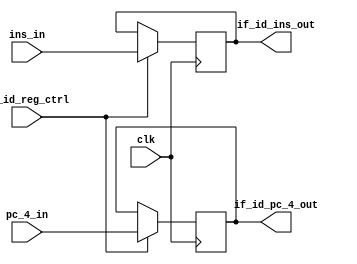
module IF_ID_SB(
  pc_4_in,
  ins_in,
  if_id_reg_ctrl,
  clk,
  if_id_ins_out,
  if_id_pc_4_out
  );
  
  input [31:0] pc_4_in, ins_in;
  input if_id_reg_ctrl, clk;
  output reg [31:0] if_id_ins_out;
  output reg [31:0] if_id_pc_4_out;
  
  always@(posedge clk)
    begin
      if(if_id_reg_ctrl)
        begin
          if_id_ins_out = ins_in;
          if_id_pc_4_out = pc_4_in;
        end
    end
  
endmodule